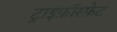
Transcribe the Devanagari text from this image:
ट्राइफ़ॉस्फ़ेट